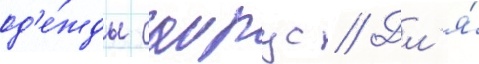
од'е́жды саирус // Дл'я́